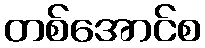
တစ်အောင်စ